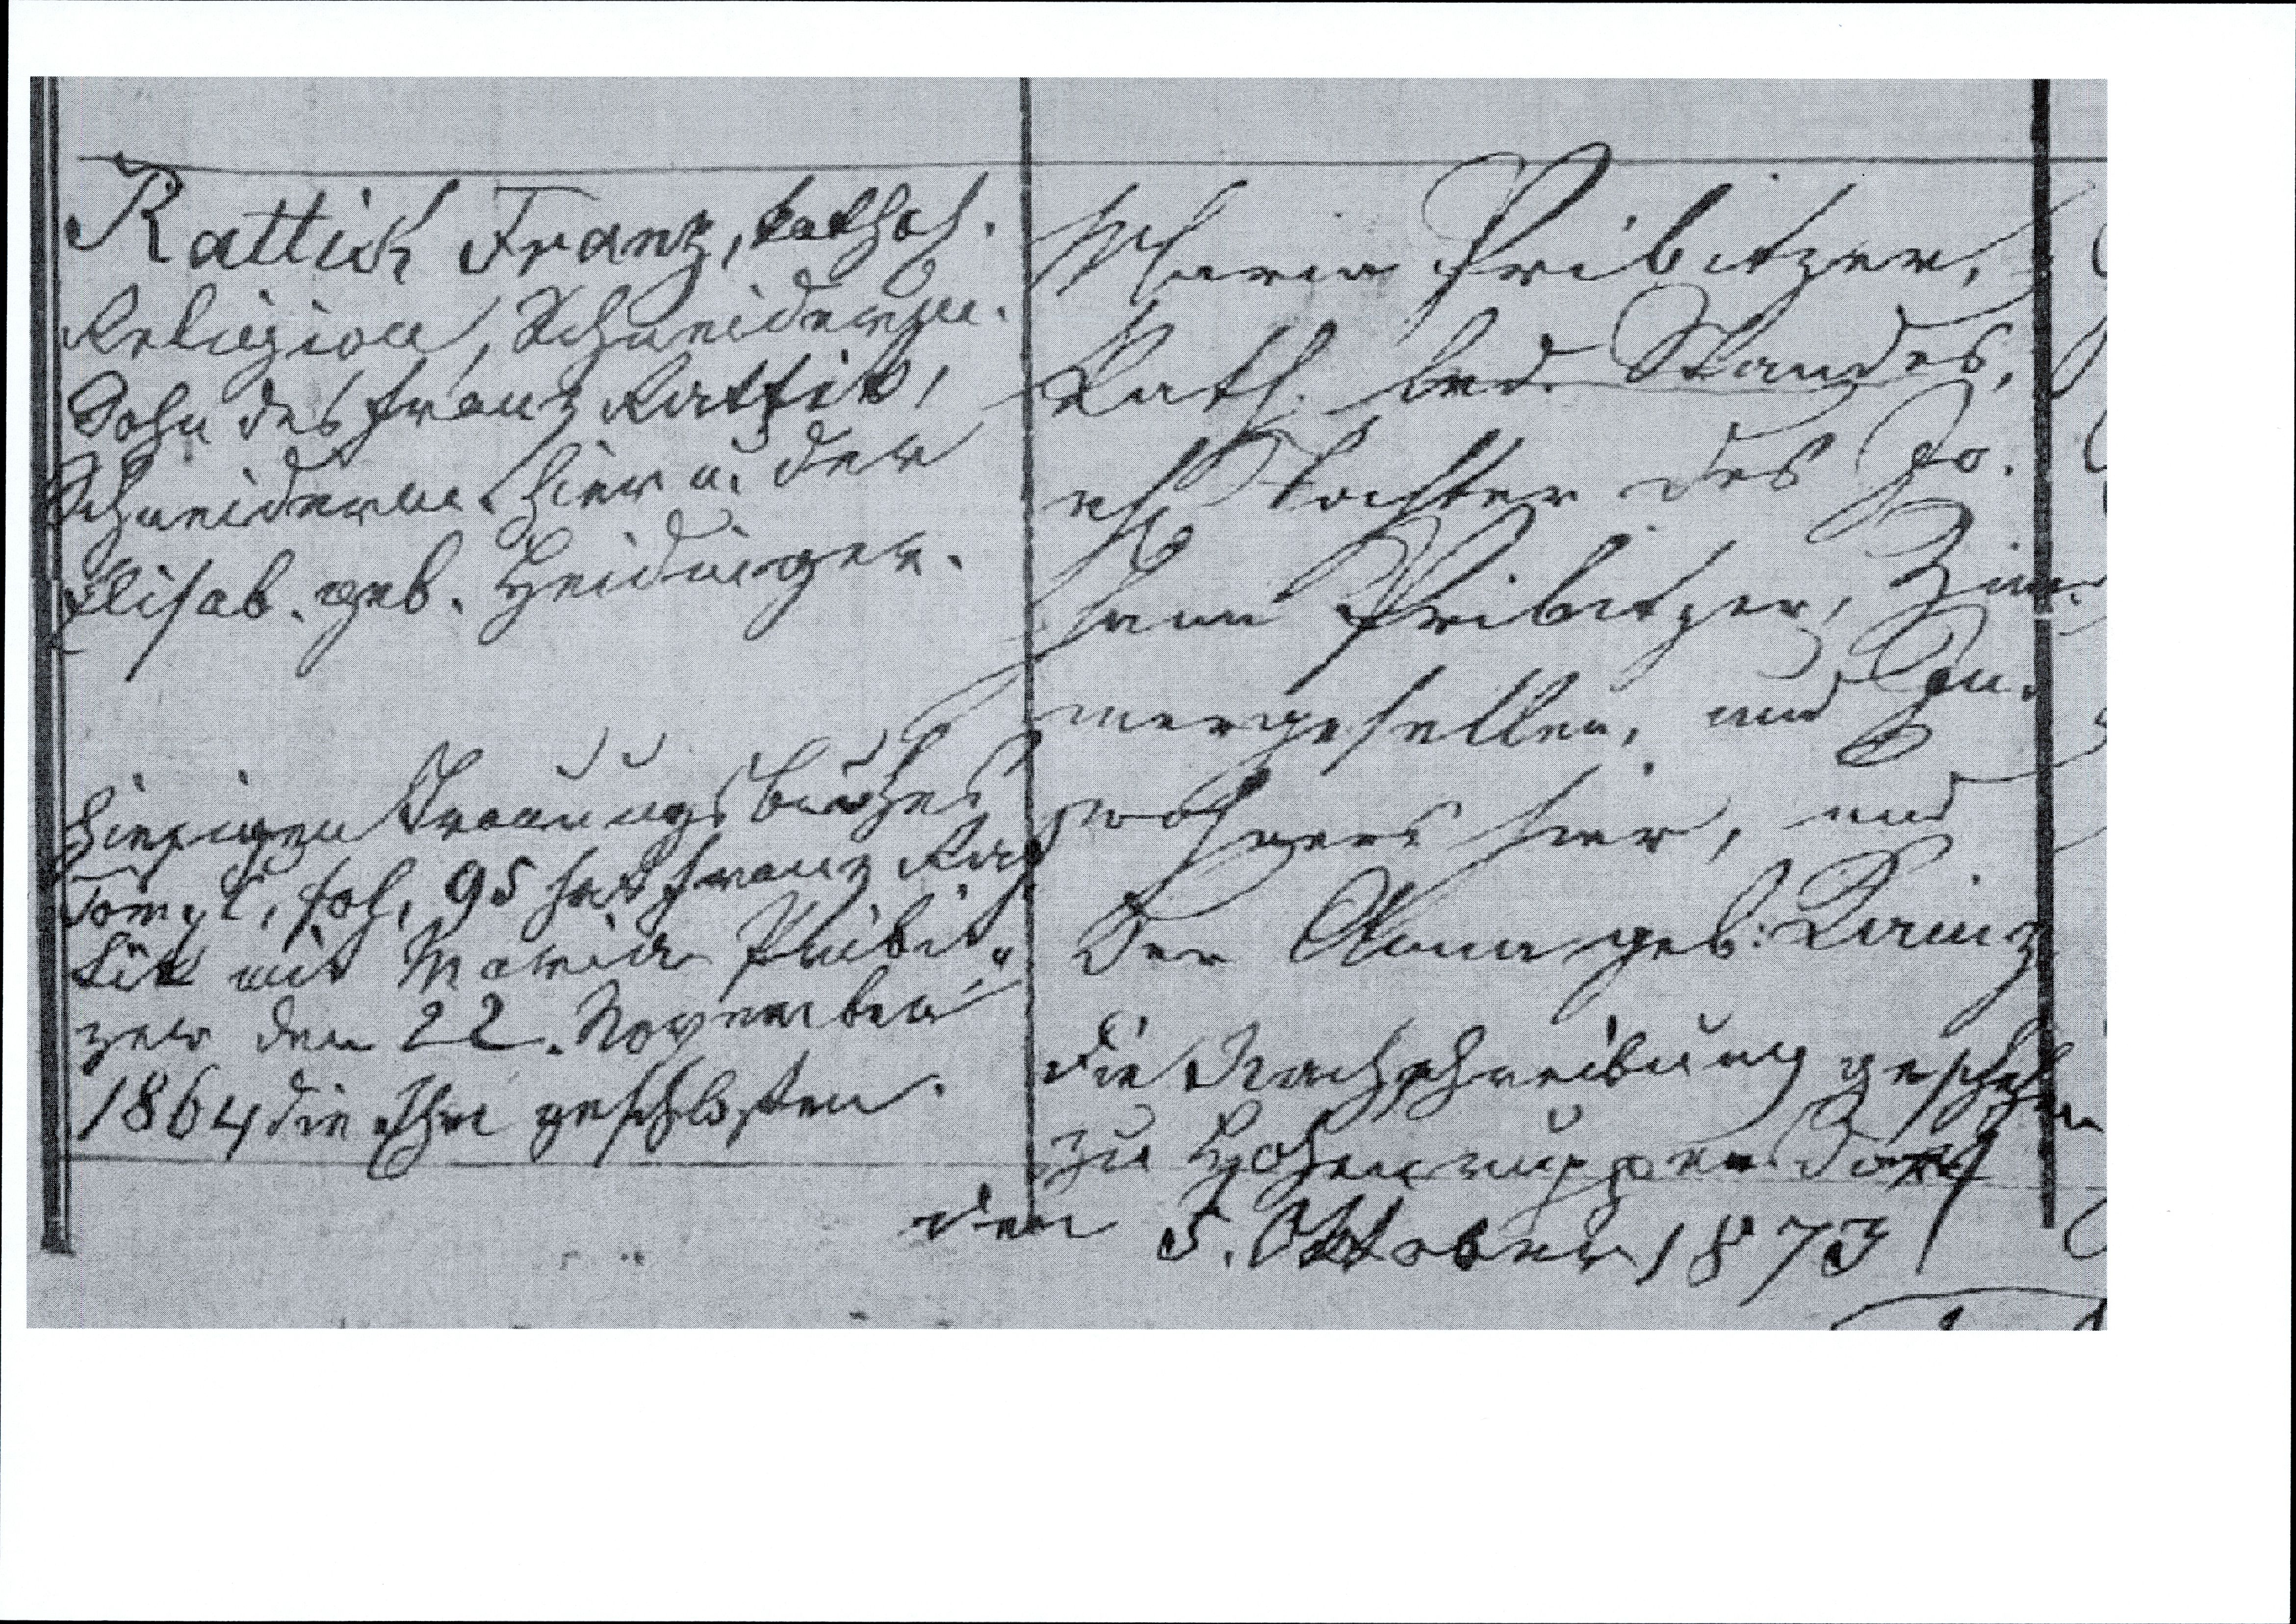
Maria Pribitzer,
kath. led. Standes,
eh. Tochter des Jo¬
hann Pribitzer, Zim¬
mergeselle, und Ein¬
wohners hier, und
der Anna geb: Lainz
Die Nachschreibung geschehen
zu Hohenruppersdorf
dem 5. Oktober 1873

Rattick Franz, kathol.
Religion, Schneiderm.
Sohn des Franz Rattik,
Schneiderm. hier u. der
Elisab. geb. Heidinger.

hiesigen Trauungs Buches
Tom, fol. 95 hat Franz Rat¬
tik mit Maria Pribit¬
zer den 22. November
1864 die Ehe geschlossen.